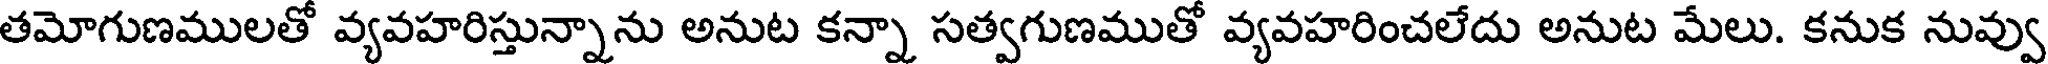
తమోగుణములతో వ్యవహరిస్తున్నాను అనుట కన్నా సత్వగుణముతో వ్యవహరించలేదు అనుట మేలు. కనుక నువ్వు